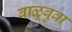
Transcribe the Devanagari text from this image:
बाळूबुवा